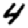
Digit: 4